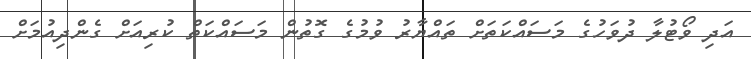
އަދި ވޯޓުލާ ދުވަހުގެ މަސައްކަތަށް ތައްޔާރު ވުމުގެ ގޮތުން މަސައްކަތް ކުރިއަށް ގެންދިއުމަށް